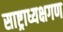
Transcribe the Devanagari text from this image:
साष्ट्राध्यक्षगण